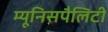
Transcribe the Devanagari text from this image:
म्यूनिसपैलिटी